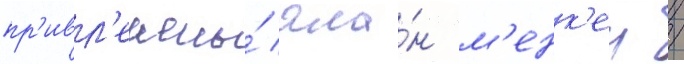
пр'ивл'ечены́ ала́н м'енк'ен /